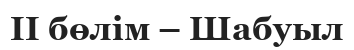
II бөлім – Шабуыл